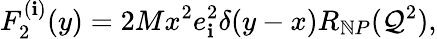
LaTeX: F_{2}^{(\mathbf{i})}(y)=2Mx^{2}e_{\mathbf{i}}^{2}\delta(y-x)R_{\mathbb{N}P}(\mathcal{Q}^{2}),